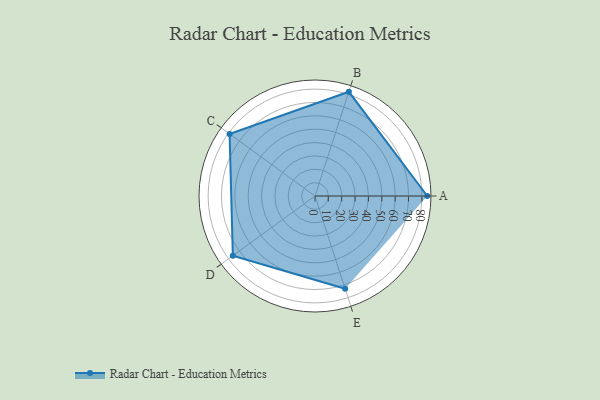
{"axis": {"x": "Skill", "y": "Score"}, "legend": ["Profile"], "data": [{"x": "A", "y": 84.0, "type": "Profile"}, {"x": "B", "y": 82.0, "type": "Profile"}, {"x": "C", "y": 79.0, "type": "Profile"}, {"x": "D", "y": 76.0, "type": "Profile"}, {"x": "E", "y": 73.0, "type": "Profile"}]}